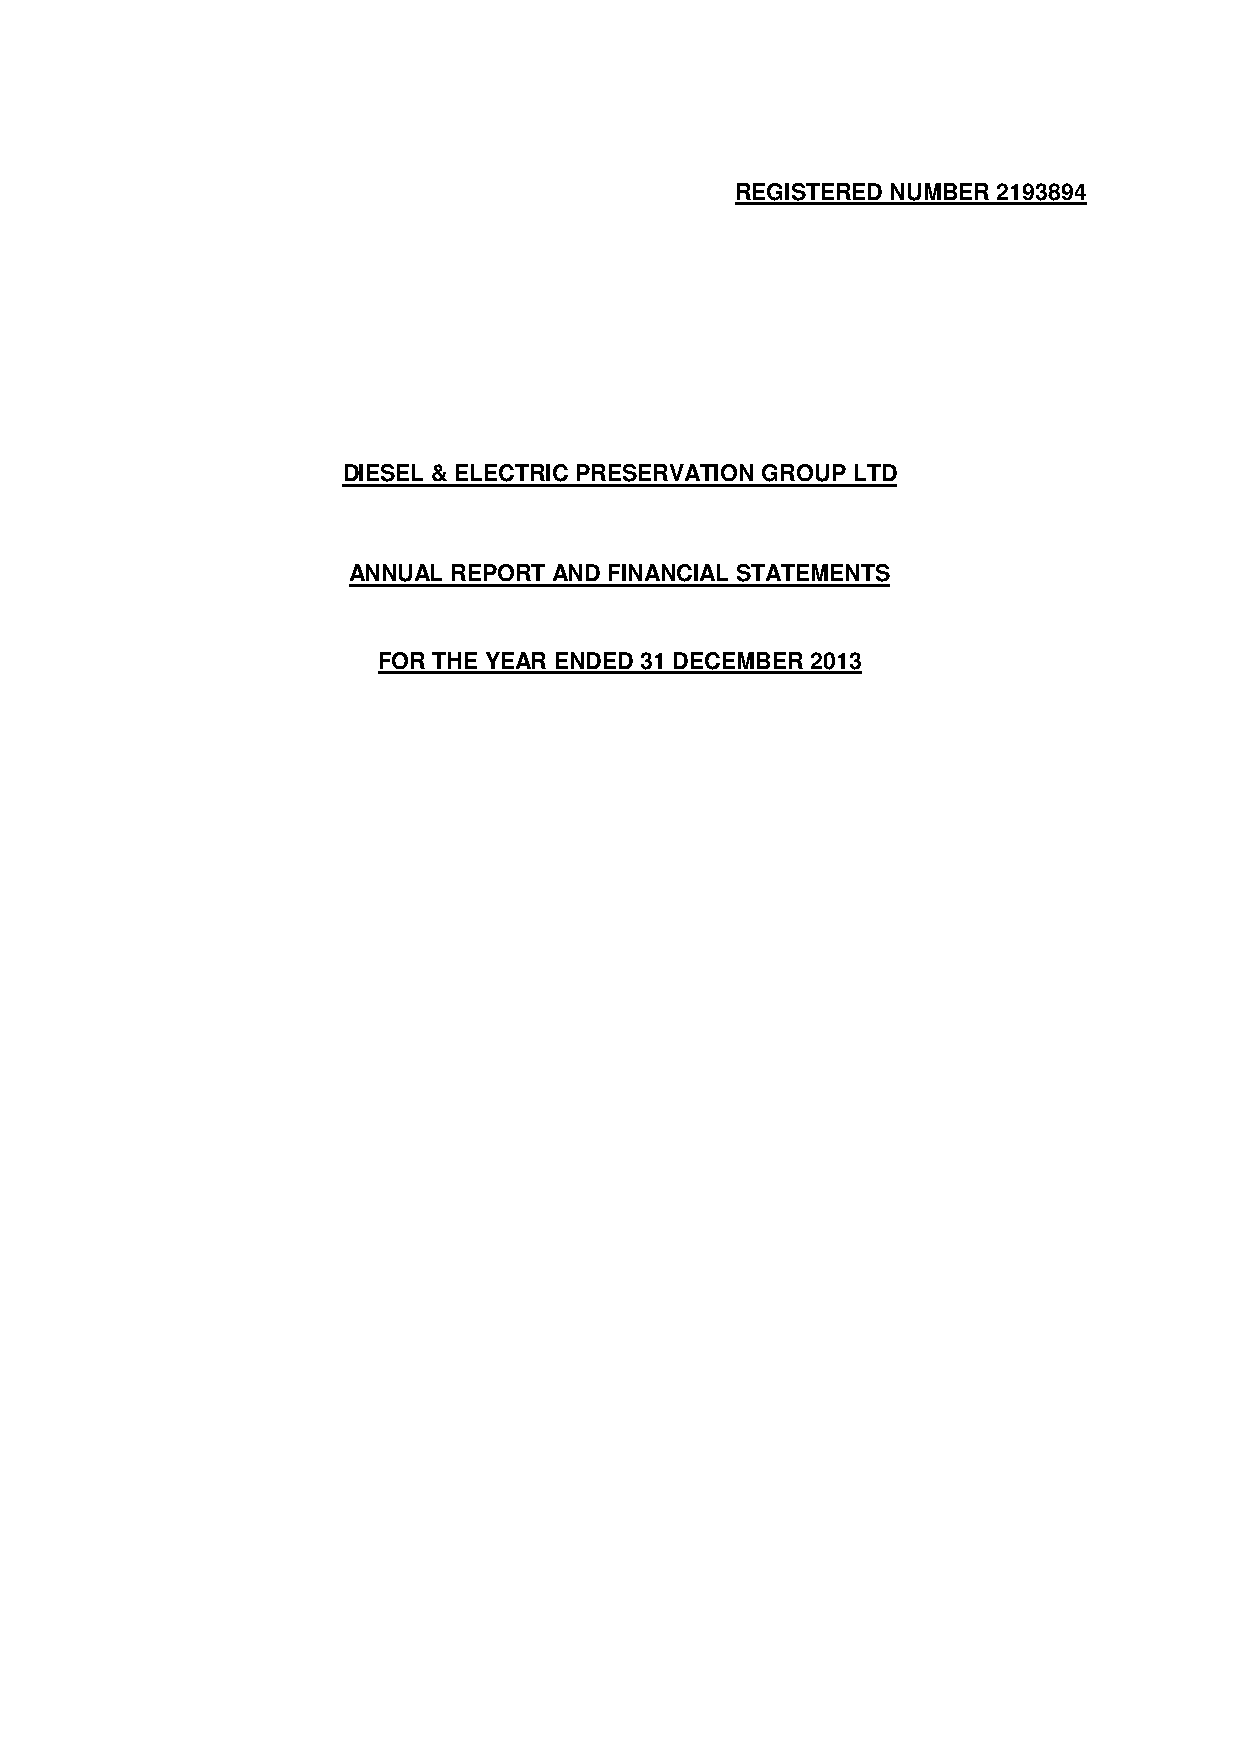
REGISTERED NUMBER 2193894
 DIESEL & ELECTRIC PRESERVATION GROUP LTD
 ANNUAL REPORT AND FINANCIAL STATEMENTS
 FOR THE YEAR ENDED 31 DECEMBER 2013